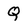
Character: Q